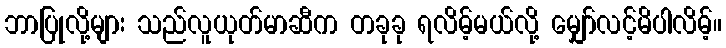
ဘာပြုလို့များ သည်လူယုတ်မာဆီက တခုခု ရလိမ့်မယ်လို့ မျှော်လင့်မိပါလိမ့်။